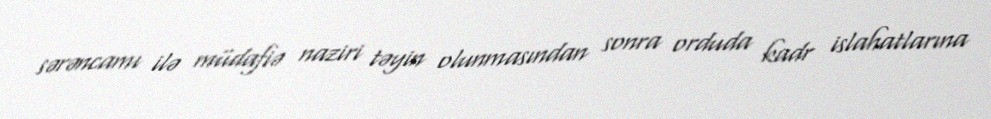
sərəncamı ilə müdafiə naziri təyin olunmasından sonra orduda kadr islahatlarına